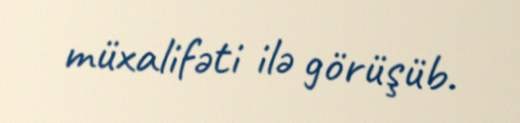
müxalifəti ilə görüşüb.